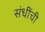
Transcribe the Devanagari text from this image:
संधींची